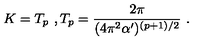
K = T _ { p } \ , T _ { p } = \frac { 2 \pi } { ( 4 \pi ^ { 2 } \alpha ^ { \prime } ) ^ { ( p + 1 ) / 2 } } \ .